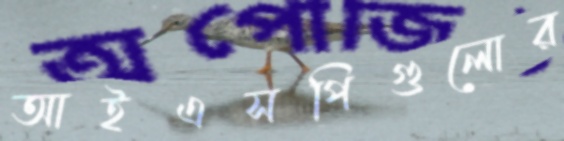
আইএসপিগুলোর